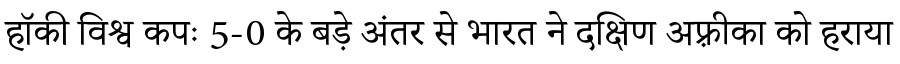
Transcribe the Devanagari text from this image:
हॉकी विश्व कपः 5-0 के बड़े अंतर से भारत ने दक्षिण अफ़्रीका को हराया